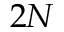
2 N